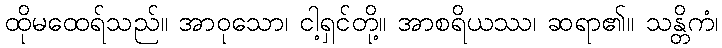
ထိုမထေရ်သည်။ အာဝုသော၊ ငါ့ရှင်တို့။ အာစရိယဿ၊ ဆရာ၏။ သန္တိကံ၊